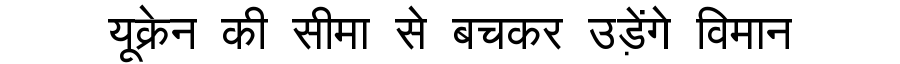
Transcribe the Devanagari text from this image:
यूक्रेन की सीमा से बचकर उड़ेंगे विमान